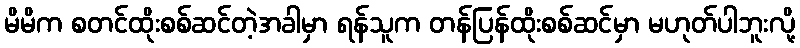
မိမိက စတင်ထိုးစစ်ဆင်တဲ့အခါမှာ ရန်သူက တန်ပြန်ထိုးစစ်ဆင်မှာ မဟုတ်ပါဘူးလို့